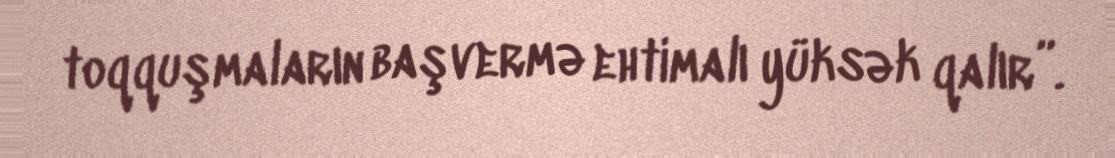
toqquşmaların başvermə ehtimalı yüksək qalır”.